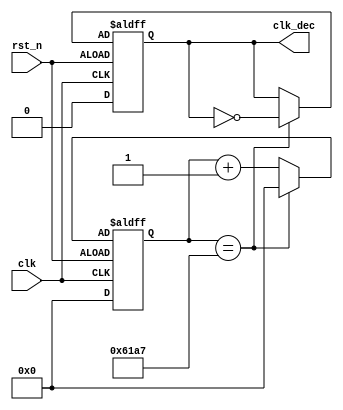
`timescale 1ns / 1ps
//////////////////////////////////////////////////////////////////////////////////
// Company: 
// Engineer: 
// 
// Design Name: 
// Module Name: freq_div
// Project Name: 
// Target Devices: 
// Tool Versions: 
// Description: 
// 
// Dependencies: 
// 
// Revision:
// Revision 0.01 - File Created
// Additional Comments:
// 
//////////////////////////////////////////////////////////////////////////////////


module freq_div(
input clk,
input rst_n,
output reg clk_dec
    );
reg [15:0]cnt;
reg [15:0]cnt_next;
reg clk_tmp;

always@*
begin
    if(cnt==15'd24999)
        begin
        clk_tmp=~clk_dec;
        cnt_next=0;
        end
    else
    begin
        cnt_next=cnt+1'b1;
        clk_tmp=clk_dec;
    end
end
always@(posedge clk or posedge rst_n)
    if(rst_n==0) begin
        cnt<=15'b0;
        clk_dec = 1'b0;
    end else begin 
        cnt<=cnt_next;
        clk_dec = clk_tmp;
    end
endmodule